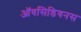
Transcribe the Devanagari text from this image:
ऑवसिडियनस